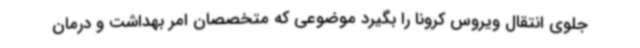
جلوی انتقال ویروس کرونا را بگیرد موضوعی که متخصصان امر بهداشت و درمان